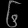
Digit: ၆